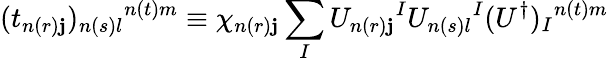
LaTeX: (t_{n(r)\mathbf{j}})_{n(s)l}{}^{n(t)m}\equiv\chi_{n(r)\mathbf{j}}\sum_{I}U_{n(r)\mathbf{j}}{}^{I}U_{n(s)l}{}^{I}(U^{\dagger})_{I}{}^{n(t)m}